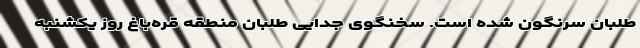
طلبان سرنگون شده است. سخنگوی جدایی طلبان منطقه قره‌باغ روز یکشنبه